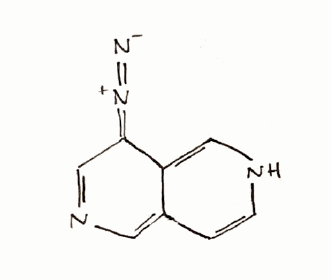
Simplified molecular-input line-entry system (SMILES) notation of the given molecule:
C1=CNC=C2C1=CN=CC2=[N+]=[N-]